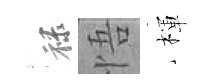
禄悟楎